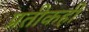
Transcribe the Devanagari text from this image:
प्रतीकही